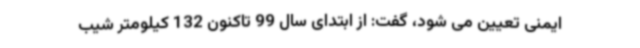
ایمنی تعیین می شود، گفت: از ابتدای سال 99 تاکنون 132 کیلومتر شیب